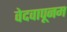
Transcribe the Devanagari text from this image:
वेदवापूनम